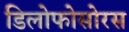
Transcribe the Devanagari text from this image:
डिलोफोसोरस